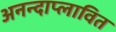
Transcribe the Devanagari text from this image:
अनन्दाप्लावित